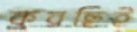
করছিই